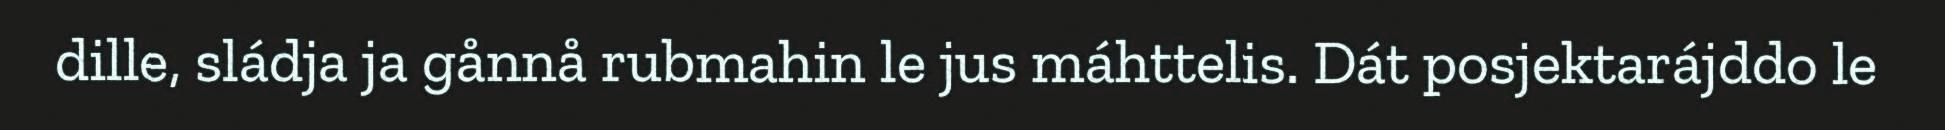
dille, sládja ja gånnå rubmahin le jus máhttelis. Dát posjektarájddo le